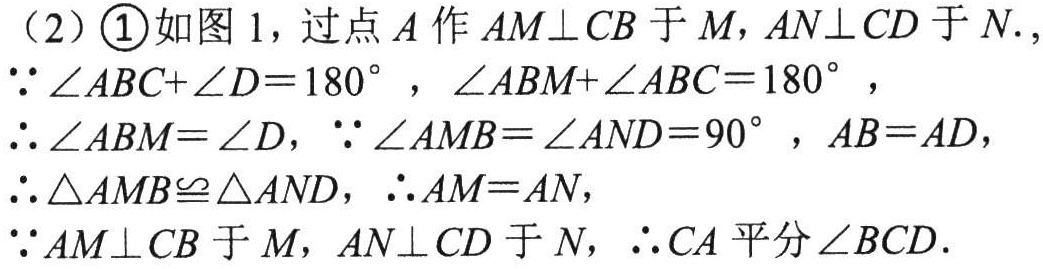
（2）\textcircled{1}如图 1，过点 \(A\) 作 \(AM\perp CB\) 于 \(M\)，\(AN\perp CD\) 于 \(N\).
\(\because \angle ABC+\angle D = 180^{\circ}\)，\(\angle ABM+\angle ABC = 180^{\circ}\)，
\(\therefore \angle ABM=\angle D\)，\(\because \angle AMB=\angle AND = 90^{\circ}\)，\(AB = AD\)，
\(\therefore \triangle AMB\cong \triangle AND\)，\(\therefore AM = AN\)，
\(\because AM\perp CB\) 于 \(M\)，\(AN\perp CD\) 于 \(N\)，\(\therefore CA\) 平分 \(\angle BCD\).